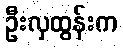
ဦးလှထွန်းက